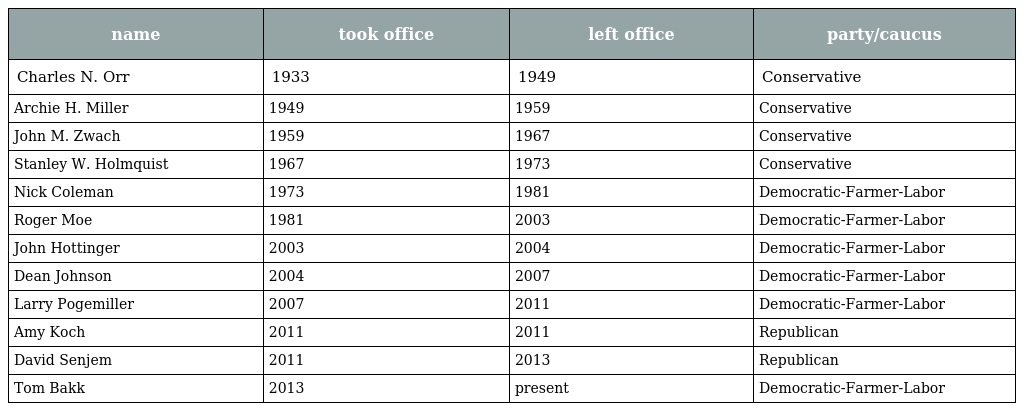
| name | took office | left office | party/caucus |
 | --- | --- | --- | --- |
 | Charles N. Orr | 1933 | 1949 | Conservative |
 | Archie H. Miller | 1949 | 1959 | Conservative |
 | John M. Zwach | 1959 | 1967 | Conservative |
 | Stanley W. Holmquist | 1967 | 1973 | Conservative |
 | Nick Coleman | 1973 | 1981 | Democratic-Farmer-Labor |
 | Roger Moe | 1981 | 2003 | Democratic-Farmer-Labor |
 | John Hottinger | 2003 | 2004 | Democratic-Farmer-Labor |
 | Dean Johnson | 2004 | 2007 | Democratic-Farmer-Labor |
 | Larry Pogemiller | 2007 | 2011 | Democratic-Farmer-Labor |
 | Amy Koch | 2011 | 2011 | Republican |
 | David Senjem | 2011 | 2013 | Republican |
 | Tom Bakk | 2013 | present | Democratic-Farmer-Labor |